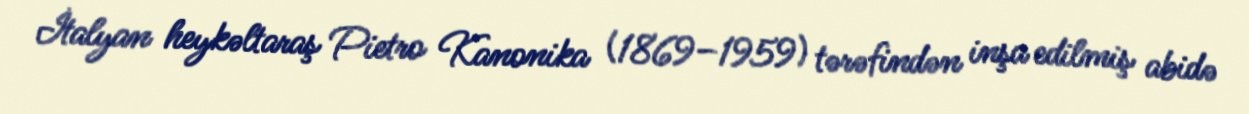
İtalyan heykəltaraş Pietro Kanonika (1869–1959) tərəfindən inşa edilmiş abidə